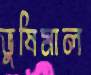
ভুষিমাল